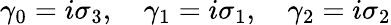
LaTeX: \gamma_{0}=i\sigma_{3},\quad\gamma_{1}=i\sigma_{1},\quad\gamma_{2}=i\sigma_{2}